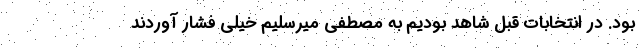
بود. در انتخابات قبل شاهد بودیم به مصطفی میرسلیم خیلی فشار آوردند